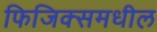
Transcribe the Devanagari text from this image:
फिजिक्समधील